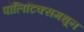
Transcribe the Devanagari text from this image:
पॉलिटिक्समधून